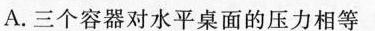
A.三个容器对水平桌面的压力相等